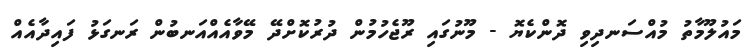
މައުލޫމާތު މުއްސަނދިވި ދޮންކެޔޮ - މޫނުގައި ރޫޖެހުމުން ދުރުކޮށްދޭ މޭވާއެއްއަނބުން ރަނގަޅު ފައިދާއެއް